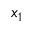
x _ { 1 }